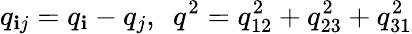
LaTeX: q_{\mathbf{i}j}=q_{\mathbf{i}}-q_{j},\ \ q^{2}=q_{12}^{2}+q_{23}^{2}+q_{31}^{2}